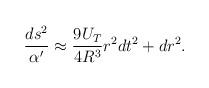
\begin{align*}\frac{ds^2}{\alpha'}\approx \frac{9U_T}{4R^3} r^2dt^2+dr^2.\end{align*}